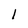
Character: l